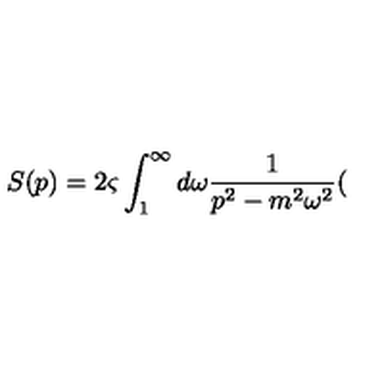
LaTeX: S ( p ) = 2 \varsigma \int _ { 1 } ^ { \infty } d \omega \frac { 1 } { p ^ { 2 } - m ^ { 2 } \omega ^ { 2 } } (